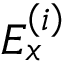
E _ { x } ^ { \left( i \right) }